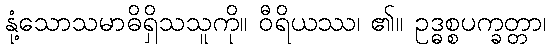
နုံ့သောသမာဓိရှိသသူကို။ ဝီရိယဿ၊ ၏။ ဥဒ္ဓစ္စပက္ခတ္တာ၊